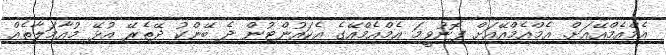
އެމްއެމްއޭއަށް. އެމްއެމްއޭއަށް ފޮނުވީމަ އެމްއެމްއޭގެ އެކައުންޓުން ދެ ބޭންކު ދޭތެރޭ އުޅޭ މުއާމަލާތެއް